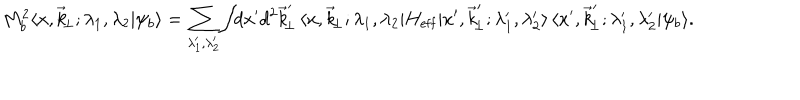
M _ { b } ^ { 2 } \langle x , \vec { k } _ { \! \perp } ; \lambda _ { 1 } , \lambda _ { 2 } \vert \psi _ { b } \rangle = \sum _ { \lambda _ { 1 } ^ { \prime } , \lambda _ { 2 } ^ { \prime } } \! \int \! \! d x ^ { \prime } d ^ { 2 } \vec { k } _ { \! \perp } ^ { \prime } \, \langle x , \vec { k } _ { \! \perp } ; \lambda _ { 1 } , \lambda _ { 2 } \vert H _ { \mathrm { e f f } } \vert x ^ { \prime } , \vec { k } _ { \! \perp } ^ { \prime } ; \lambda _ { 1 } ^ { \prime } , \lambda _ { 2 } ^ { \prime } \rangle \, \langle x ^ { \prime } , \vec { k } _ { \! \perp } ^ { \prime } ; \lambda _ { 1 } ^ { \prime } , \lambda _ { 2 } ^ { \prime } \vert \psi _ { b } \rangle .